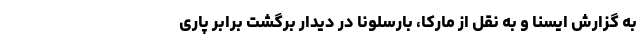
به گزارش ایسنا و به نقل از مارکا، بارسلونا در دیدار برگشت برابر پاری